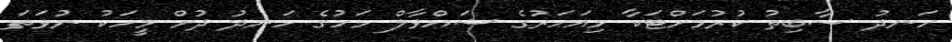
ހަނދު ސާބިތު ކުރުމަށްޓަކާ މިއަހަރުގެ ޝައްވާލް މަހުގެ ހަނދު ދުށް މީހަކު ނުވަތަ